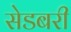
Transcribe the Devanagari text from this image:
सेडबरी